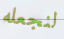
لنجعله